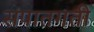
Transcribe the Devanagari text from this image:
संपातगती